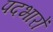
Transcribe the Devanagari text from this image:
पदभारों